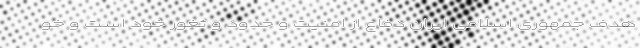
هدف جمهوری اسلامی ایران دفاع از امنیت و حدود و ثغور خود است و ‌خو